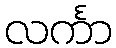
လင်္ကာ